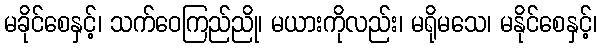
မခိုင်စေနှင့်၊ သက်ဝေကြည်ညို၊ မယားကိုလည်း၊ မရိုမသေ၊ မနိုင်စေနှင့်၊